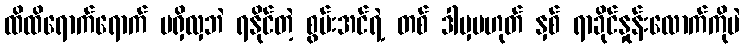
ထိထိရောက်ရောက် မရှိလှဘဲ ရနိုင်တဲ့ စွမ်းအင်ရဲ့ တစ် ဒါမှမဟုတ် နှစ် ရာခိုင်နှုန်းလောက်ကိုပဲ